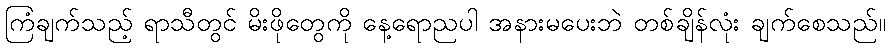
ကြံချက်သည့် ရာသီတွင် မိးဖိုတွေကို နေ့ရောညပါ အနားမပေးဘဲ တစ်ချိန်လုံး ချက်စေသည်။